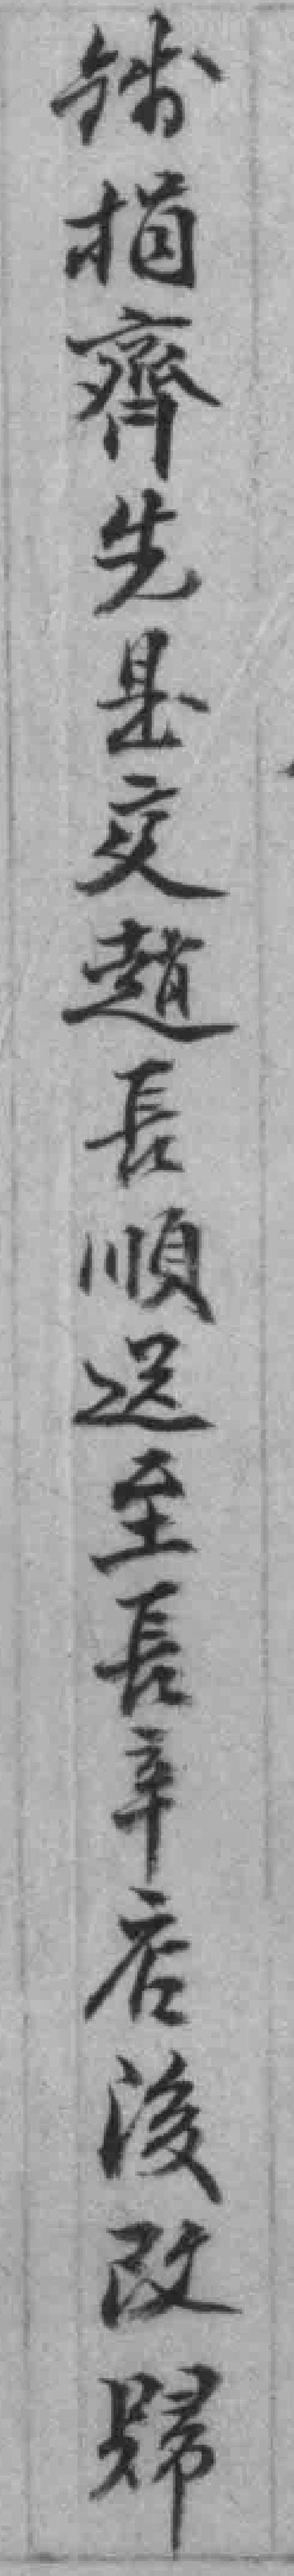
*捐齊先是交趙長順送至長辛店*改婦